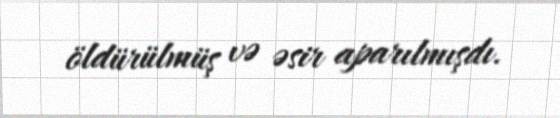
öldürülmüş və əsir aparılmışdı.